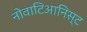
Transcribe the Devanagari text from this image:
नोवाटिआनिस्ट